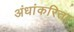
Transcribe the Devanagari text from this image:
अंधांकरिता